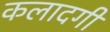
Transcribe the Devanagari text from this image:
कलादगी